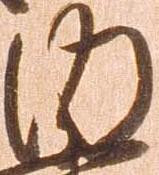
内